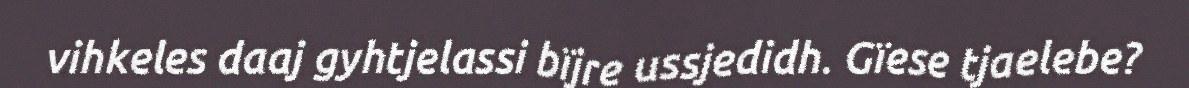
vihkeles daaj gyhtjelassi bïjre ussjedidh. Gïese tjaelebe?